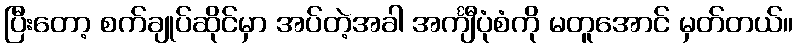
ပြီးတော့ စက်ချုပ်ဆိုင်မှာ အပ်တဲ့အခါ အင်္ကျီပုံစံကို မတူအောင် မှတ်တယ်။